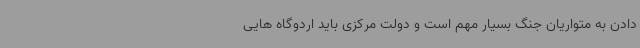
دادن به متواریان جنگ بسیار مهم است و دولت مرکزی باید اردوگاه هایی